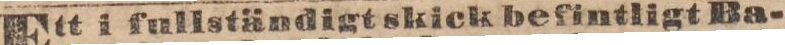
Ett i fullständigt skick befintligt Ba-